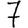
Digit: 7